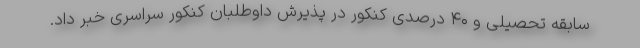
سابقه تحصیلی و ۴۰ درصدی کنکور در پذیرش داوطلبان کنکور سراسری خبر داد.